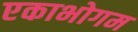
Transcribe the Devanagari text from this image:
एकाभोगम